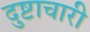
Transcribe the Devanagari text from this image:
दुष्टाचारी